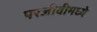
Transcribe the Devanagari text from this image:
परजीवीमध्ये